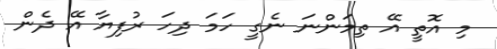
މި އޮތީ އޭ ތިމަންނަ ނެގީ ހަމަ ދިހަ ރުފިޔާ އޭ ދެން